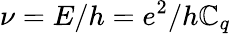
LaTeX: \nu=E/h=e^{2}/h\mathbb{C}_{q}